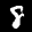
Label: 8